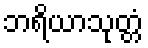
ဘရိယာသုတ္တံ